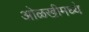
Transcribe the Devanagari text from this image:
ओळखीमध्ये